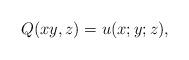
LaTeX: \begin{align*}Q(xy,z)=u(x;y;z),\end{align*}